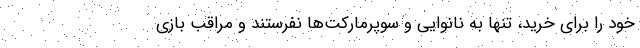
خود را برای خرید، تنها به نانوایی و سوپرمارکت‌ها نفرستند و مراقب بازی